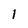
Character: 1